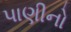
પાણીનો